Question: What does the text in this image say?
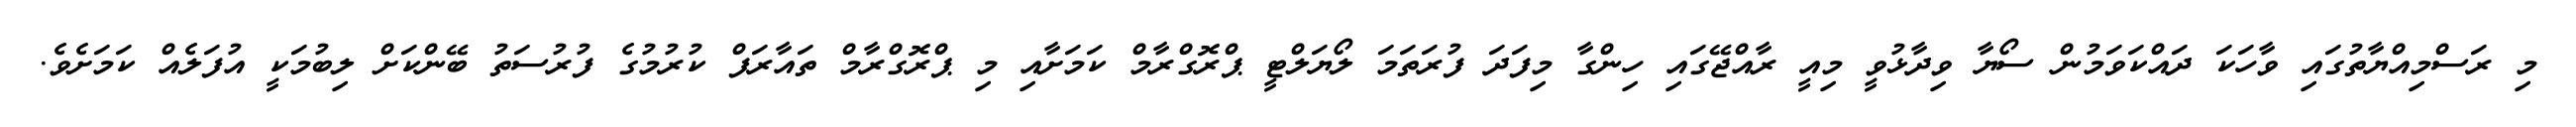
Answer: މި ރަސްމިއްޔާތުގައި ވާހަކަ ދައްކަވަމުން ސޯޔާ ވިދާޅުވީ މިއީ ރާއްޖޭގައި ހިންގާ މިފަދަ ފުރަތަމަ ލޯޔަލްޓީ ޕްރޮގްރާމް ކަމަށާއި މި ޕްރޮގްރާމް ތައާރަފް ކުރުމުގެ ފުރުސަތު ބޭންކަށް ލިބުމަކީ އުފަލެއް ކަމަށެވެ.